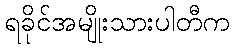
ရခိုင်အမျိုးသားပါတီက